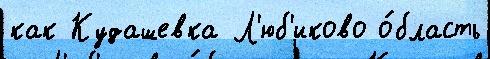
как Кудашевка Л'юб'иково о́бласть